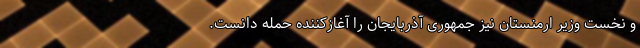
و نخست وزیر ارمنستان نیز جمهوری آذربایجان را آغازکننده حمله دانست.